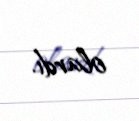
olardı.